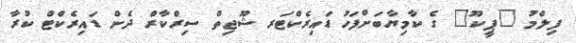
ފިލްމު "ޕީކޫ" ގެ ކާމިޔާބަށްފަހު ޑައިރެކްޓަރ ޝޫޖިތް ސިރްކާރް ދެން ޑައިރެކްޓް ކުރާ